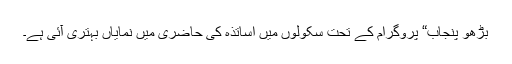
بڑھو پنجاب“ پروگرام کے تحت سکولوں میں اساتذہ کی حاضری میں نمایاں بہتری آئی ہے۔